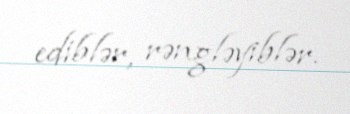
ediblər, rəngləyiblər.